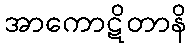
အာကောဋိတာနိ